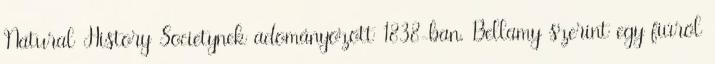
Natural History Societynek adományozott 1838-ban. Bellamy szerint egy fiúról